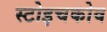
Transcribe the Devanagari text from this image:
स्टोइचकोव